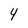
Character: 4